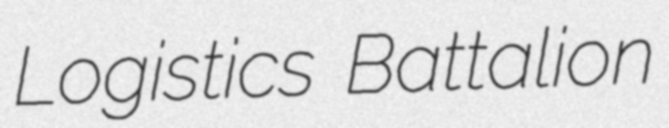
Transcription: Logistics Battalion